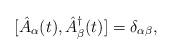
LaTeX: \begin{align*}[ \hat{A}_{\alpha} (t), \hat{A}^{\dagger}_{\beta} (t)] =\delta_{\alpha \beta},\end{align*}